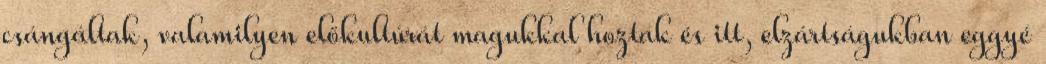
csángáltak, valamilyen előkultúrát magukkal hoztak és itt, elzártságukban eggyé